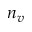
n _ { v }